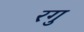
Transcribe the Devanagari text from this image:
रगु